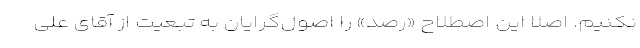
نکنیم. اصلا این اصطلاح «رصد» را اصول‌گرایان به تبعیت از آقای علی